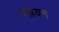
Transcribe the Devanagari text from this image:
बलयन